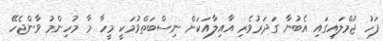
ފަހު ޖުމްލައިގައި އެބުނާ ގަދަރުވެރި އާއިލާއަކަށް ނިސްބަތްވުމަކީ މީހާ މާ މުހިންމު ވާންޖެހޭ